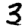
Digit: 3